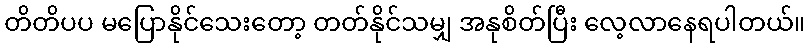
တိတိပပ မပြောနိုင်သေးတော့ တတ်နိုင်သမျှ အနုစိတ်ပြီး လေ့လာနေရပါတယ်။